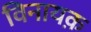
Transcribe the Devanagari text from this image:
विनायक़